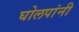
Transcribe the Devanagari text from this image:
घोलपांनी